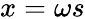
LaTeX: x=\omega s